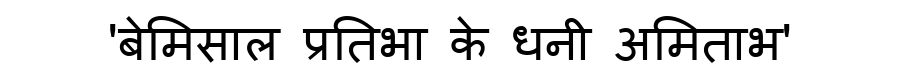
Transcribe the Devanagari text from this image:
'बेमिसाल प्रतिभा के धनी अमिताभ'